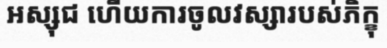
អស្សុជ ហើយការចូលវស្សារបស់ភិក្ខុ